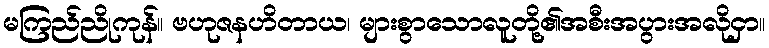
မကြည်ညိုကုန်။ ဗဟုဇနဟိတာယ၊ များစွာသောလူတို့၏အစီးအပွားအလိုငှာ။